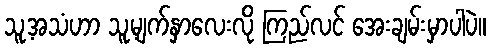
သူ့အသံဟာ သူ့မျက်နှာလေးလို ကြည်လင် အေးချမ်းမှာပါပဲ။